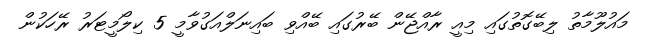
މައުލޫމާތު ލިބޭގޮތުގައި މިއީ ރާއްޖޭން ބޭރުގައި ބޭއްވި ބައިނަލްއަގުވާމީ 5 ކިލޯމީޓަރު ރޭހަކުން